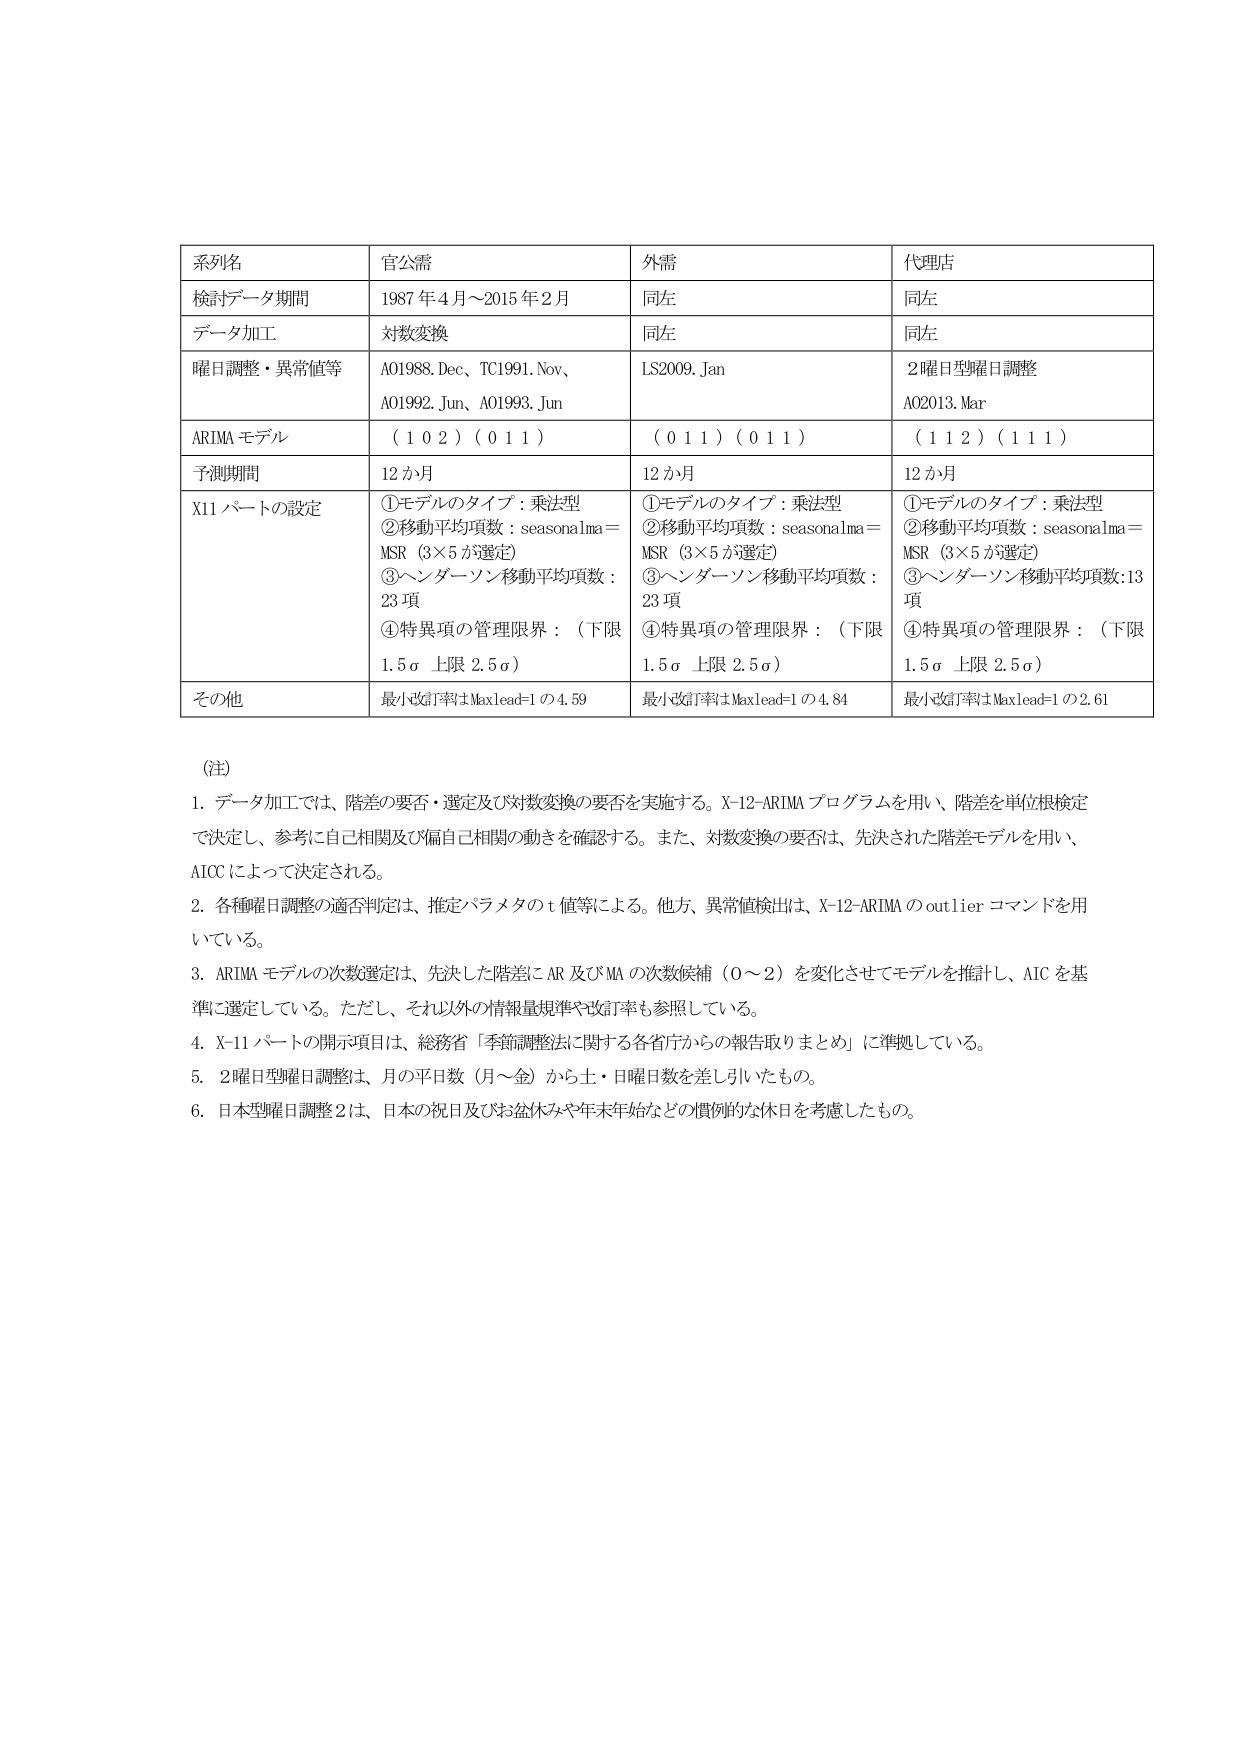
系列名 官公需 外需 代理店
検討データ期間 1987年4月～2015年2月 同左 同左
データ加工 対数変換 同左 同左
曜日調整・異常値等 A01988.Dec、TC1991.Nov、 A01992.Jun、A01993.Jun LS2009.Jan 2曜日型曜日調整 A02013.Mar
ARIMAモデル （1 0 2）（0 1 1） （0 1 1）（0 1 1） （1 1 2）（1 1 1）
予測期間 12か月 12か月 12か月
X11パートの設定 ①モデルのタイプ：乗法型 ②移動平均項数：seasonal ma＝ MSR（3×5が選定） ③ヘンダーソン移動平均項数： 23項 ④特異項の管理限界：（下限 1.5σ 上限 2.5σ） ①モデルのタイプ：乗法型 ②移動平均項数：seasonal ma＝ MSR（3×5が選定） ③ヘンダーソン移動平均項数： 23項 ④特異項の管理限界：（下限 1.5σ 上限 2.5σ） ①モデルのタイプ：乗法型 ②移動平均項数：seasonal ma＝ MSR（3×5が選定） ③ヘンダーソン移動平均項数：13項 ④特異項の管理限界：（下限 1.5σ 上限 2.5σ）
その他 最小改訂率はMaxlead=1の4.59 最小改訂率はMaxlead=1の4.84 最小改訂率はMaxlead=1の2.61

（注）
1. データ加工では、階差の要否・選定及び対数変換の要否を実施する。X-12-ARIMAプログラムを用い、階差を単位根検定で決定し、参考に自己相関及び偏自己相関の動きを確認する。また、対数変換の要否は、先決された階差モデルを用い、AICCによって決定される。
2. 各種曜日調整の適否判定は、推定パラメタのt値等による。他方、異常値検出は、X-12-ARIMAのoutlierコマンドを用いている。
3. ARIMAモデルの次数選定は、先決した階差にAR及びMAの次数候補（0～2）を変化させてモデルを推計し、AICを基準に選定している。ただし、それ以外の情報量規準や改訂率も参照している。
4. X-11パートの開示項目は、総務省「季節調整法に関する各省庁からの報告取りまとめ」に準拠している。
5. 2曜日型曜日調整は、月の平日数（月～金）から土・日曜日数を差し引いたもの。
6. 日本型曜日調整2は、日本の祝日及びお盆休みや年末年始などの慣例的な休日を考慮したもの。